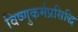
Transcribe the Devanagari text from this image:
विष्णुकर्मप्रसिद्धि